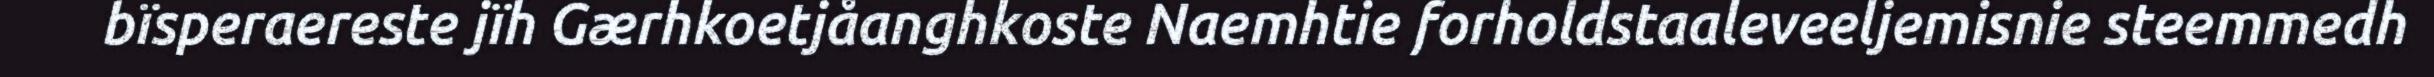
bïsperaereste jïh Gærhkoetjåanghkoste Naemhtie forholdstaaleveeljemisnie steemmedh